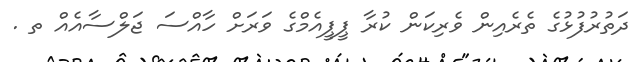
ދަތުރުފުޅުގެ ތެރެއިން ވެރިކަން ކުރާ ޕީޕީއެމްގެ ވަރަށް ހާއްސަ ޖަލްސާއެއް ތ .